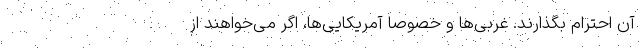
آن احترام بگذارند. غربی‌ها و خصوصا آمریکایی‌ها، اگر می‌خواهند از